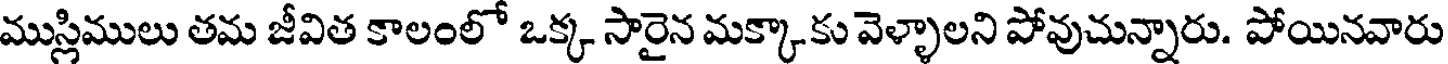
ముస్లిములు తమ జీవిత కాలంలో ఒక్క సారైన మక్కాకు వెళ్ళాలని పోవుచున్నారు. పోయినవారు